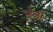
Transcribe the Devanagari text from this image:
व्हैली